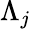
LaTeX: \Lambda_{j}